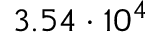
3 . 5 4 \cdot 1 0 ^ { 4 }